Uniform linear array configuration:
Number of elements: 12
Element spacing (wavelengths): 0.75
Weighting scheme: binomial
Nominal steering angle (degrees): -45
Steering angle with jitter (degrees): -43.64
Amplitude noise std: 0.05
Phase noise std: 0.05

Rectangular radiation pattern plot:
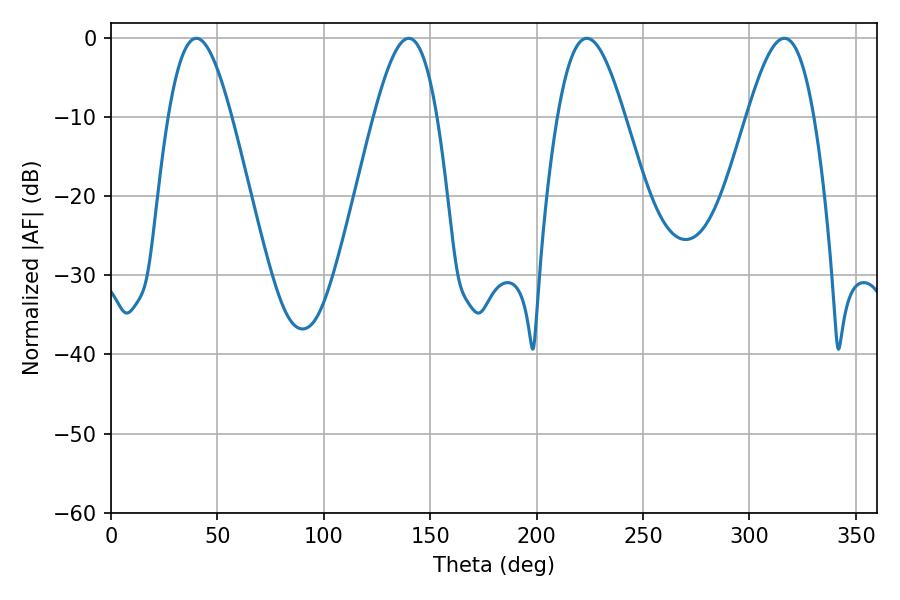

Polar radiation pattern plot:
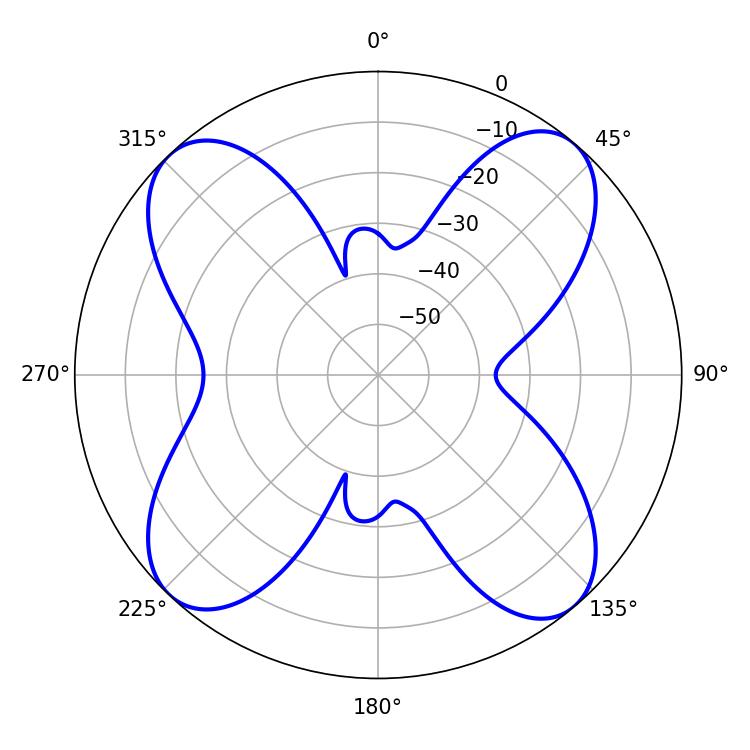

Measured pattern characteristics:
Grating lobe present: TRUE
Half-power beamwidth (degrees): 17.1
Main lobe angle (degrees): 223.56